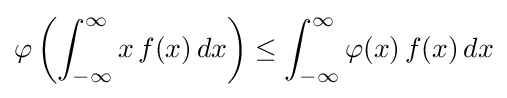
\varphi \left(\int _{-\infty }^{\infty }x\,f(x)\,dx\right)\leq \int _{-\infty }^{\infty }\varphi (x)\,f(x)\,dx